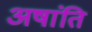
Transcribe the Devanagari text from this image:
अषांति